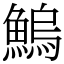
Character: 鰞